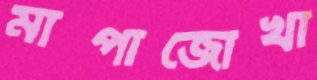
মাপাজোখা